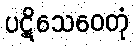
ပဋိသေဝေတုံ